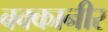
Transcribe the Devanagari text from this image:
बक्कानीर